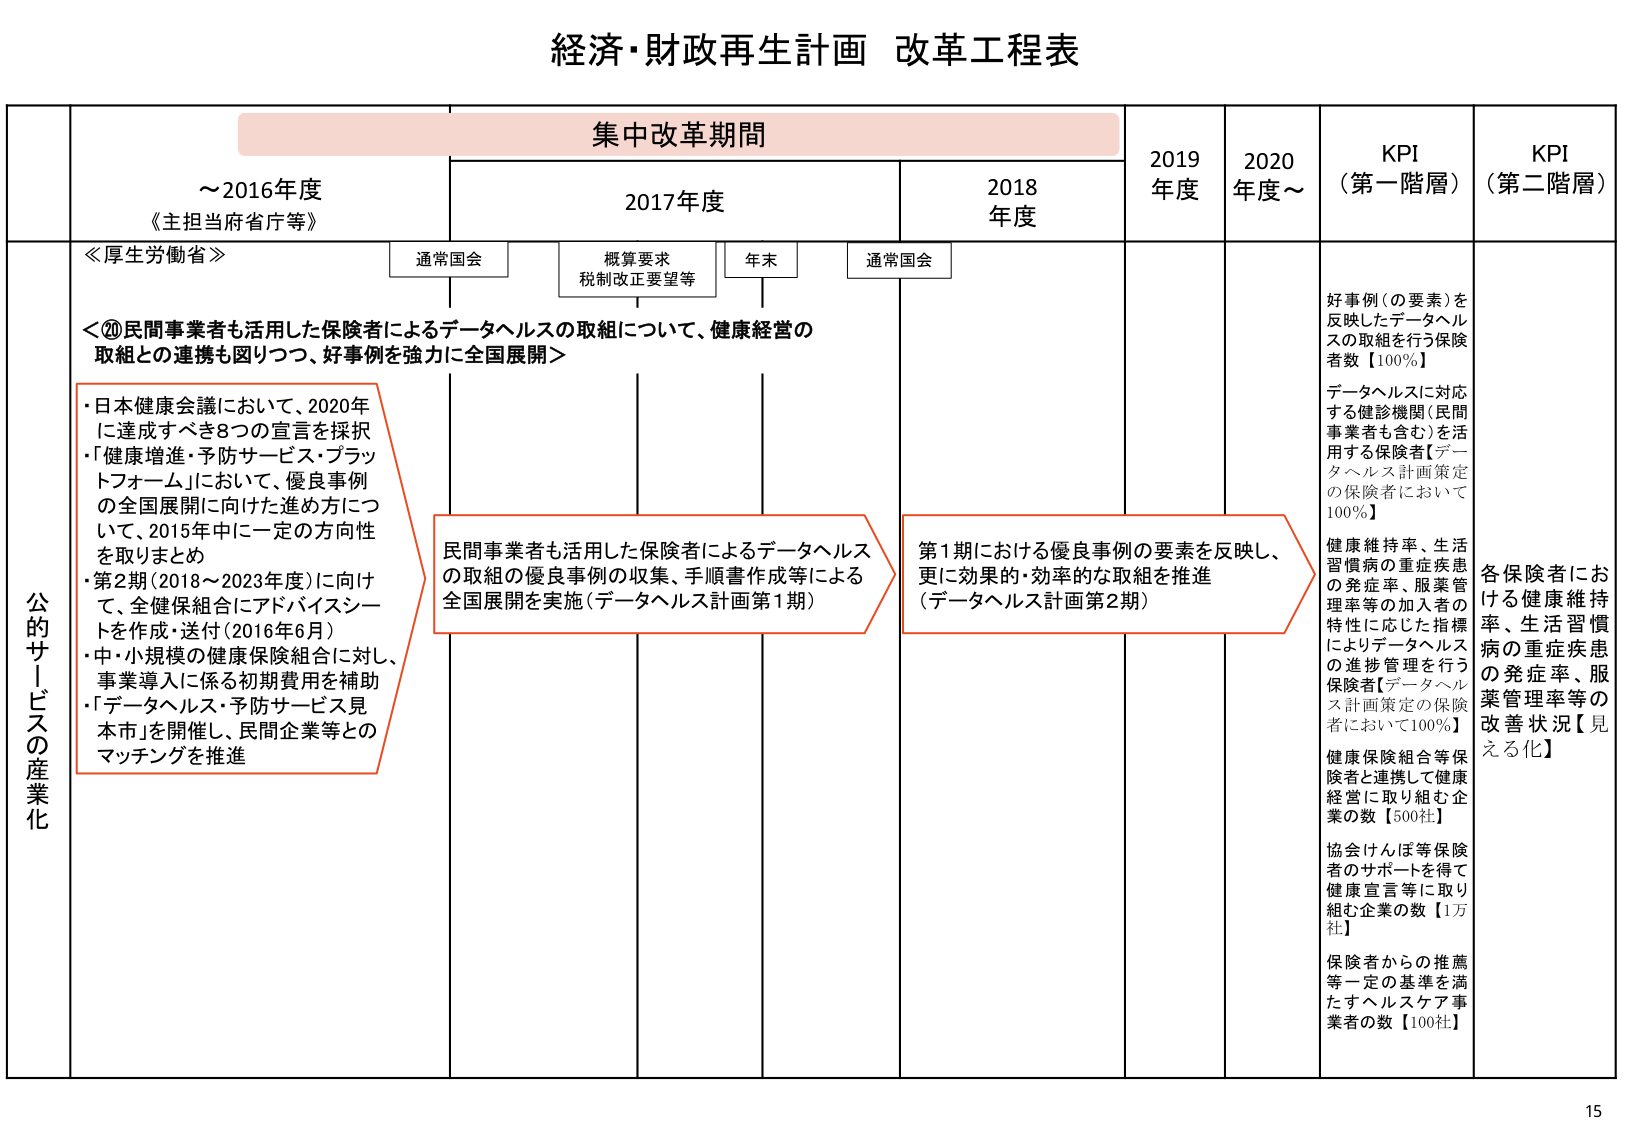
経済・財政再生計画 改革工程表

集中改革期間

～2016年度
《主担当府省庁等》

2017年度
通常国会
概算要求
税制改正要望等
年末

2018年度
通常国会

2019年度
2020年度～

KPI（第一階層）
KPI（第二階層）

公的サービスの産業化

≪厚生労働省≫

＜⑩民間事業者も活用した保険者によるデータヘルスの取組について、健康経営の取組との連携も図りつつ、好事例を強力に全国展開＞

・日本健康会議において、2020年に達成すべき8つの宣言を採択
・「健康増進・予防サービス・プラットフォーム」において、優良事例の全国展開に向けた進め方について、2015年中に一定の方向性を取りまとめ
・第2期（2018～2023年度）に向けて、全健保組合にアドバイスシートを作成・送付（2016年6月）
・中・小規模の健康保険組合に対し、事業導入に係る初期費用を補助
・「データヘルス・予防サービス見本市」を開催し、民間企業等とのマッチングを推進

民間事業者も活用した保険者によるデータヘルスの取組の優良事例の収集、手順書作成等による全国展開を実施（データヘルス計画第1期）

第1期における優良事例の要素を反映し、更に効果的・効率的な取組を推進（データヘルス計画第2期）

好事例（の要素）を反映したデータヘルスの取組を行う保険者数【100％】
データヘルスに対応する健診機関（民間事業者も含む）を活用する保険者【データヘルス計画策定の保険者において100％】
健康維持率、生活習慣病の重症疾患の発症率、服薬管理率等の加入者の特性に応じた指標によりデータヘルスの進捗管理を行う保険者【データヘルス計画策定の保険者において100％】
健康保険組合等保険者と連携して健康経営に取り組む企業の数【500社】
協会けんぽ等保険者のサポートを得て健康宣言等に取り組む企業の数【1万社】
保険者からの推薦等一定の基準を満たすヘルスケア事業者の数【100社】

各保険者における健康維持率、生活習慣病の重症疾患の発症率、服薬管理率等の改善状況【見える化】

15